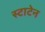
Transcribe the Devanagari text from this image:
स्टाटेन